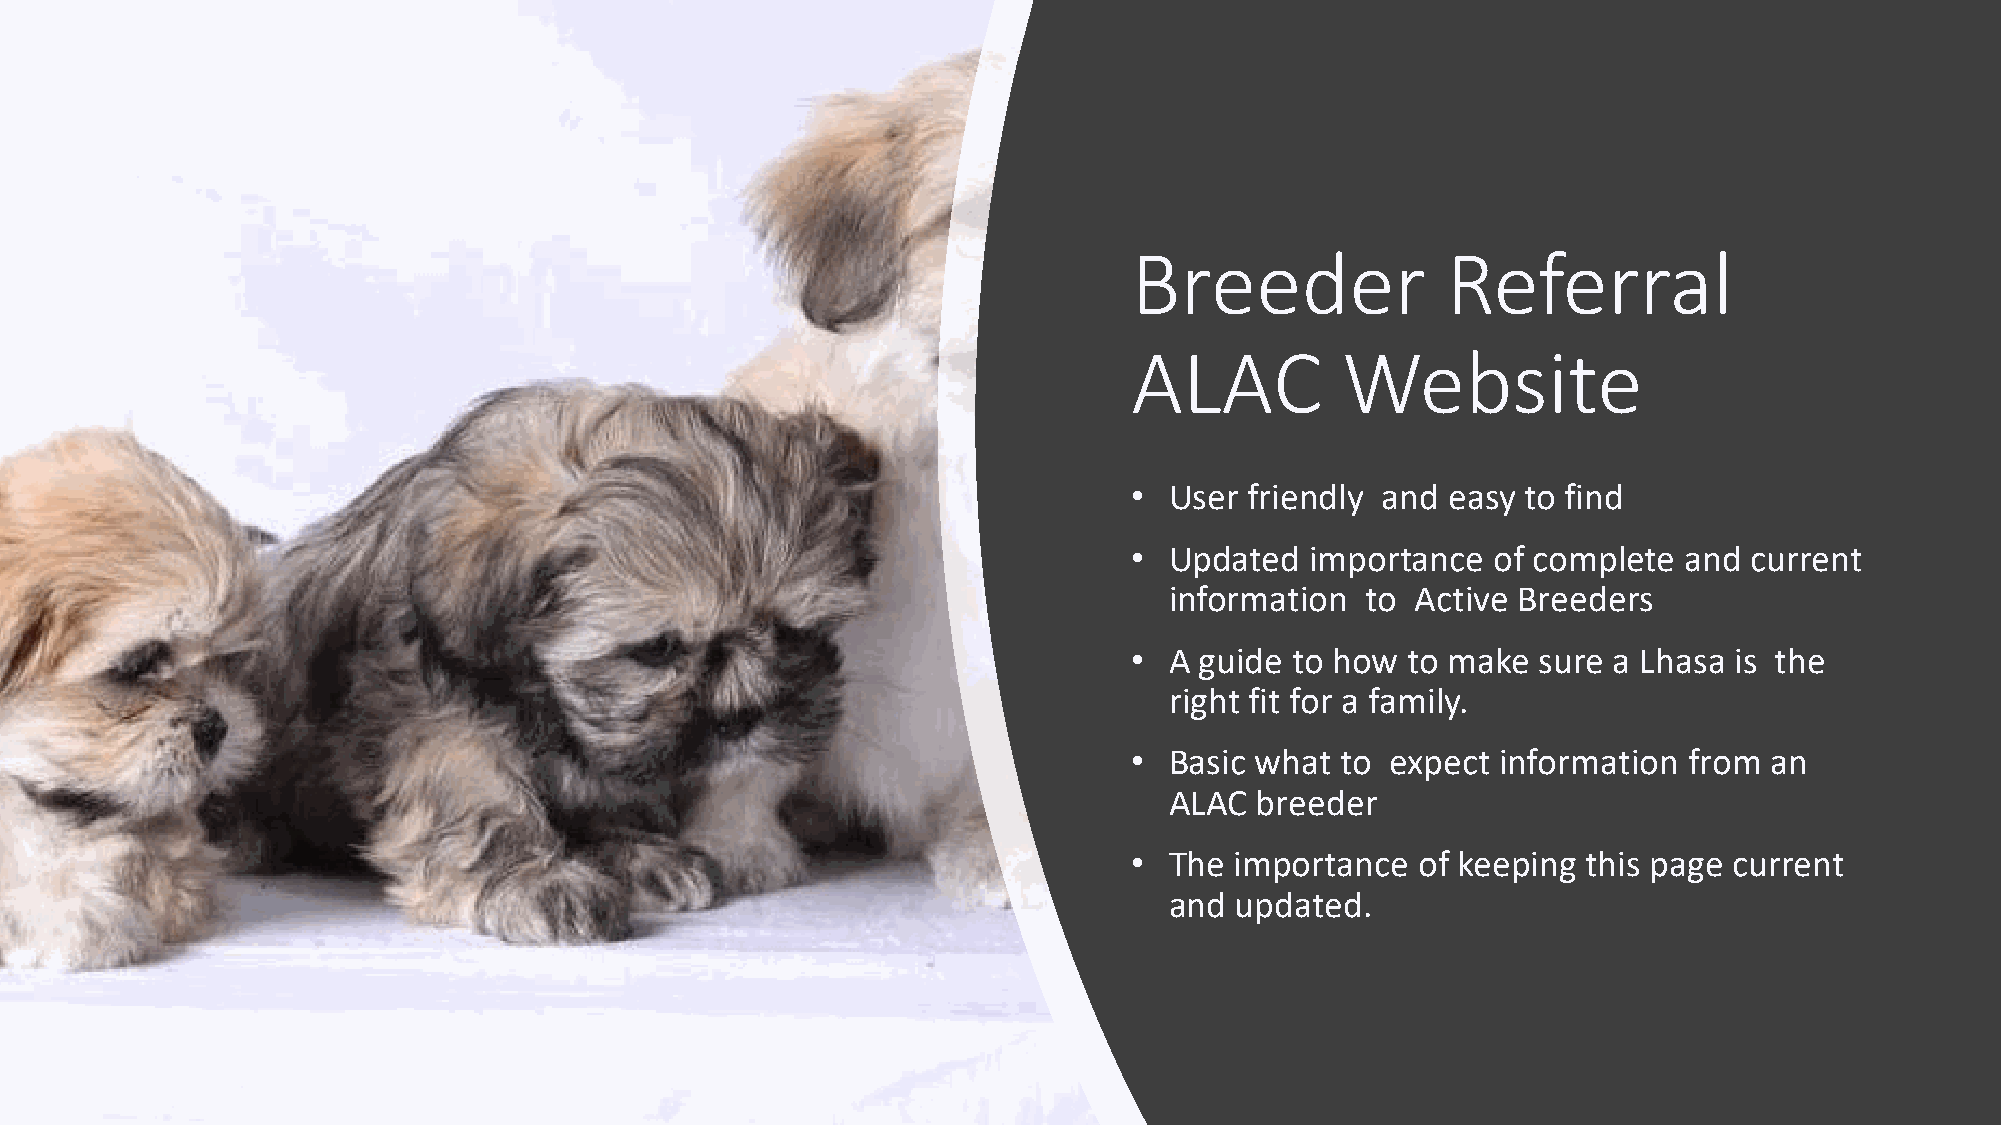
Breeder              Referral
 ALAC          Website
 • User  friendly and easy to find
 • Updated   importance  of complete and  current
 information  to  Active Breeders
 • A guide  to how to make  sure a Lhasa is the
 right fit for a family.
 • Basic what  to expect information  from an
 ALAC  breeder
 • The  importance  of keeping this page current
 and  updated.